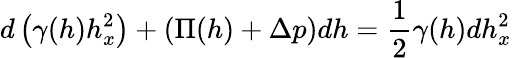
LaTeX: d\left(\gamma(h)h_{x}^{2}\right)+\left(\Pi(h)+\Delta p\right)dh=\frac{1}{2}\gamma(h)dh_{x}^{2}